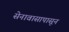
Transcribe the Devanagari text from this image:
सेनावासापासून